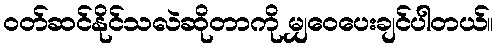
ဝတ်ဆင်နိုင်သလဲဆိုတာကို မျှဝေပေးချင်ပါတယ်။